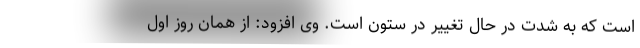
است که به شدت در حال تغییر در ستون است. وی افزود: از همان روز اول